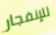
للإنفجار